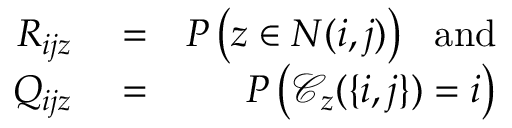
\begin{array} { r l r } { R _ { i j z } } & { { } = } & { P \left( z \in N ( i , j ) \right) \mathrm { ~ ~ a n d } } \\ { Q _ { i j z } } & { { } = } & { P \left( \mathcal { C } _ { z } ( \{ i , j \} ) = i \right) } \end{array}